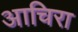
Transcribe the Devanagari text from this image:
आचिरा